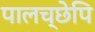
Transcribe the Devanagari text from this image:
पालच्छेपि